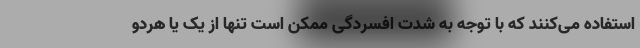
استفاده می‌کنند که با توجه به شدت افسردگی ممکن است تنها از یک یا هردو